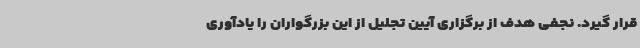
قرار گیرد. نجفی هدف از برگزاری آیین تجلیل از این بزرگواران را یادآوری